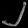
Digit: ၂